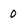
Character: 0